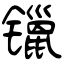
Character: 镴